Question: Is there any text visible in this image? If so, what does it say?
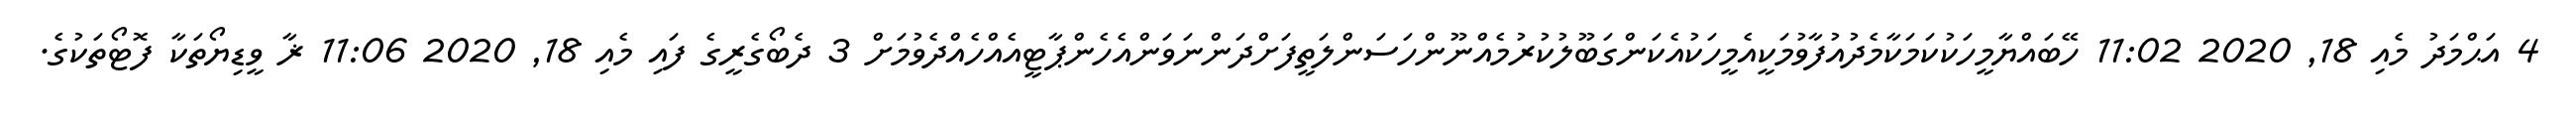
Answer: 4 އަޙްމަދު މެއި 18, 2020 11:02 ހޭބައްޔާމީހަކުކަމަކާމެދުއުފާވުމަކީއެމީހަކުއެކަންގަބޫލުކުރުމެއްނޫންހަސަންލަތީފަށްދަންނަވަންއެހެންޕާޓީއެއްހެއްދެވުމަށް 3 ދެބޯގެރީގެ ފައި މެއި 18, 2020 11:06 ޜާ ވީޑިޔޯތަކާ ފޮޓޯތަކުގެ.